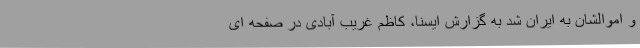
و اموالشان به ایران شد به گزارش ایسنا، کاظم غریب آبادی در صفحه ای